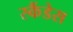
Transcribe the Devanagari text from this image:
स्कैंडेस